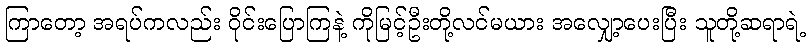
ကြာတော့ အရပ်ကလည်း ဝိုင်းပြောကြနဲ့ ကိုမြင့်ဦးတို့လင်မယား အလျှော့ပေးပြီး သူတို့ဆရာရဲ့